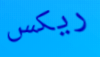
ريكس